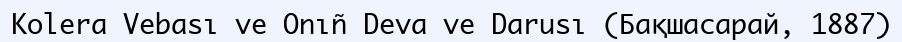
Kolera Vebası ve Onıñ Deva ve Darusı (Бақшасарай, 1887)